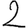
Digit: 2